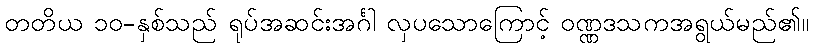
တတိယ ၁၀-နှစ်သည် ရုပ်အဆင်းအင်္ဂါ လှပသောကြောင့် ဝဏ္ဏဒသကအရွယ်မည်၏။